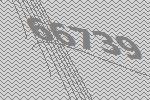
66739